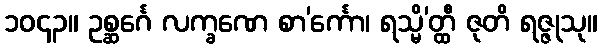
၁၀၄၃။ ဥစ္ဆင်္ဂေ လက္ခဏေ စာ’င်္ကော၊ ရသ္မိ’တ္ထီ ဇုတိ ရဇ္ဇုသု။